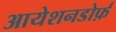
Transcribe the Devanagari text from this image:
आयेशनडोर्फ़